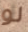
لو